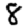
Digit: 8